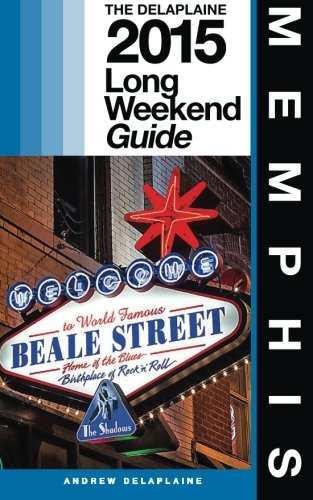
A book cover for MEMPHIS - The Delaplaine 2015 Long Weekend Guide (Long Weekend Guides); Andrew Delaplaine; Travel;